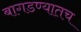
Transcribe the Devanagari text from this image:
बागडण्यातच